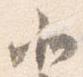
北